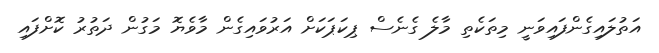
އަތުލައިގެންފައިވަނީ މިތަކެތި މާލެ ގެނެސް ޕިކަޕަކަށް އަރުވައިގެން މާވެޔޮ މަގުން ދަތުރު ކޮށްފައި